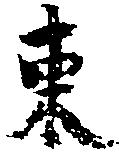
東